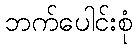
ဘက်ပေါင်းစုံ